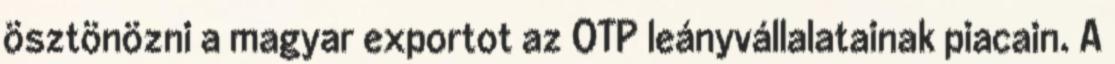
ösztönözni a magyar exportot az OTP leányvállalatainak piacain. A